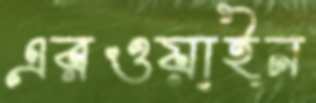
এরওয়াইন